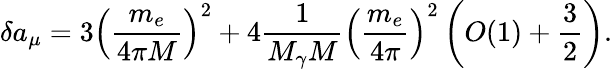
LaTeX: \delta a_{\mu}=3\left(\frac{m_{e}}{4\pi M}\right)^{2}+4\frac{1}{M_{\gamma}M}\left(\frac{m_{e}}{4\pi}\right)^{2}\left(O(1)+\frac{3}{2}\right).